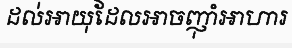
ដល់អាយុដែលអាចញ៉ាំអាហារ